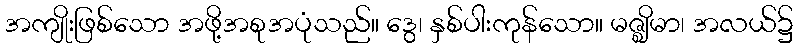
အကျိုးဖြစ်သော အဖို့အစုအပုံသည်။ ဒွေ၊ နှစ်ပါးကုန်သော။ မဇ္ဈိမာ၊ အလယ်၌